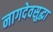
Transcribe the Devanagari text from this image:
नागदेवसुद्धा